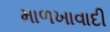
માળખાવાદી